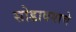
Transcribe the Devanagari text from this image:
सोडावयाचे